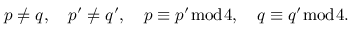
p \neq q , \quad p ^ { \prime } \neq q ^ { \prime } , \quad p \equiv p ^ { \prime } { \bmod { 4 } } , \quad q \equiv q ^ { \prime } { \bmod { 4 } } .